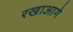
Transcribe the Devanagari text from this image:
रखाआगे